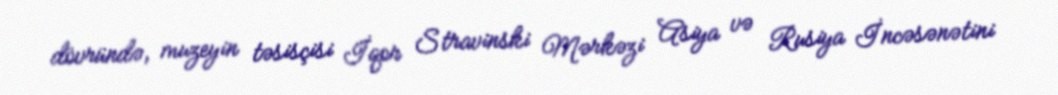
dövründə, muzeyin təsisçisi İqor Stravinski Mərkəzi Asiya və Rusiya İncəsənətini